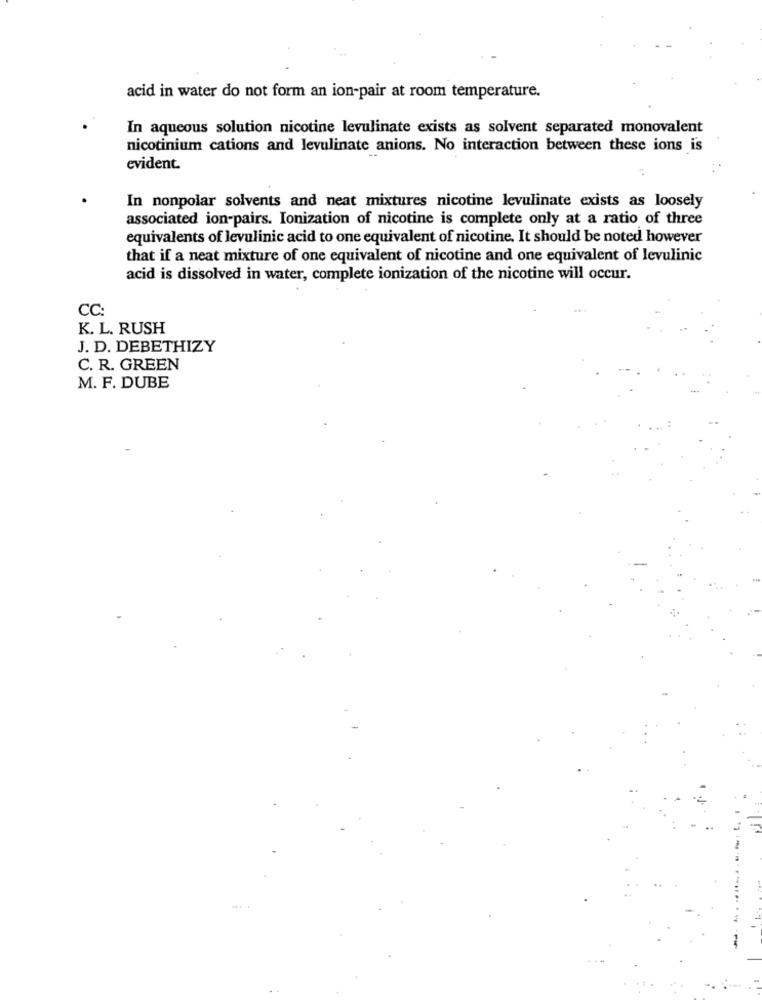
acid in water do not form an ion-pair at room temperature.
In aqueous solution nicotine levulinate exists as solvent separated monovalent
nicotinium cations and levulinate anions. No interaction between these ions is
evident.
In nonpolar solvents and neat mixtures nicotine levulinate exists as loosely
associated ion-pairs. Ionization of nicotine is complete only at a ratio of three
equivalents of levulinic acid to one equivalent of nicotine. It should be noted however
that if a neat mixture of one equivalent of nicotine and one equivalent of levulinic
acid is dissolved in water, complete ionization of the nicotine will occur.
CC:
K. L. RUSH
J. D. DEBETHIZY
C. R. GREEN
M. F. DUBE